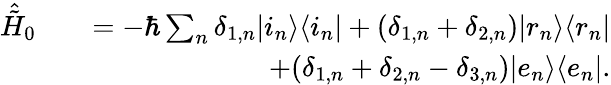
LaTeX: \begin{array}{rlr}{\hat{\tilde{H}}_{0}}&{}&{=-\hbar\sum_{n}\delta_{1,n}\vert i_{n}\rangle\langle i_{n}\vert+(\delta_{1,n}+\delta_{2,n})\vert r_{n}\rangle\langle r_{n}\vert}\\ &{}&{+(\delta_{1,n}+\delta_{2,n}-\delta_{3,n})\vert e_{n}\rangle\langle e_{n}\vert.}\end{array}